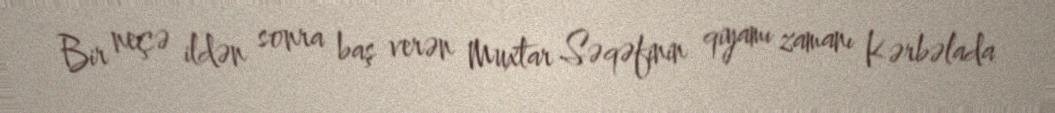
Bir neçə ildən sonra baş verən Muxtar Səqəfinin qiyamı zamanı Kərbəlada